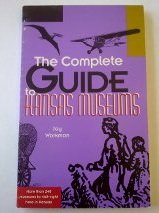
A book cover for The Complete Guide to Kansas Museums; Joy Workman; Travel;